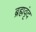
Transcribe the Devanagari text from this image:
ब्रह्मवृंद